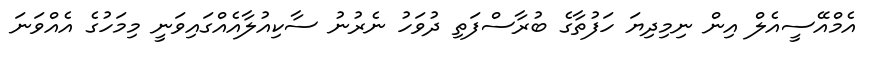
އެމްއޭސީއެލް އިން ނިމިދިޔަ ހަފުތާގެ ބުރާސްފަތި ދުވަހު ނެރުނު ސާކިއުލާއެއްގައިވަނީ މިމަހުގެ އެއްވަނަ